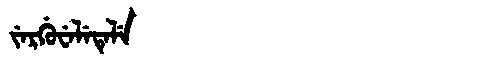
Manchu: ᠵᡝᡵᡤᡠᠸᡝᠯᡝᡨᡝᠯᡝ
Romanization: JERGUWELETELE